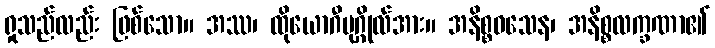
ရှုသည်လည်း ဖြစ်သော။ အဿ၊ ထိုယောဂီပုဂ္ဂိုလ်အား။ အနိစ္စဝသေန၊ အနိစ္စလက္ခဏာ၏